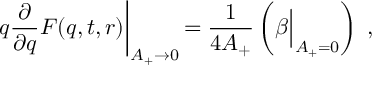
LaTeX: q \frac { \partial } { \partial q } F ( q , t , r ) \biggl | _ { A _ { + } \to 0 } \, = \frac { 1 } { 4 A _ { + } } \left( \beta \Bigl | _ { A _ { + } = 0 } \right) \; ,